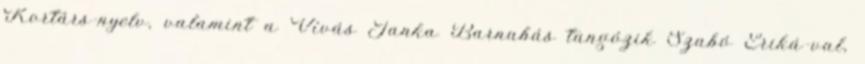
Kortárs-nyelv, valamint a Vívás Janka Barnabás tangózik Szabó Eriká-val,